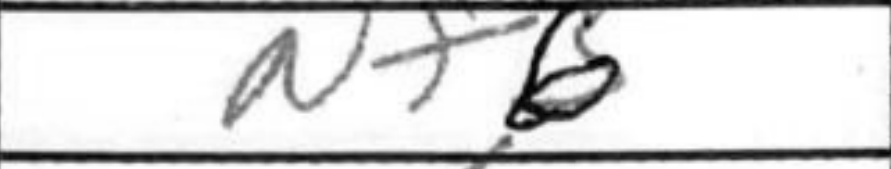
Transcription: Nf6